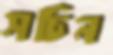
সচিন